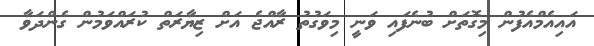
އައިއެމްއެފުން މިގޮތަށް ބުނެފައި ވަނީ މިވަގުތު ރާއްޖެ އަށް ޒިޔާރަތް ކުރައްވަމުން ގެންދަވާ